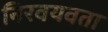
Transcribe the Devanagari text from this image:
निरवयवता